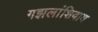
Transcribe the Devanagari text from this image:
गझलांशिवाय